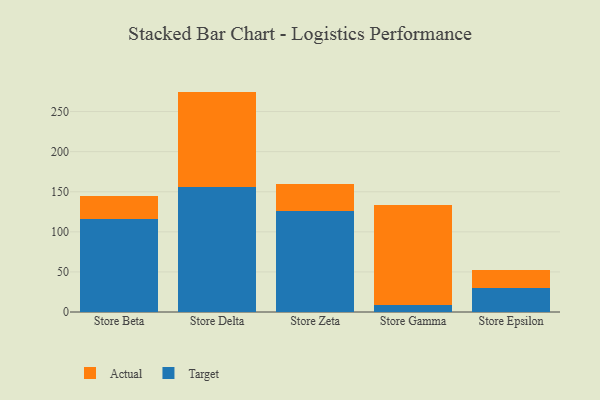
{"axis": {"x": "Store", "y": "Tickets Resolved"}, "legend": ["Actual", "Target"], "data": [{"x": "Store Beta", "y": 116.3, "type": "Target"}, {"x": "Store Beta", "y": 28.6, "type": "Actual"}, {"x": "Store Delta", "y": 155.5, "type": "Target"}, {"x": "Store Delta", "y": 119.4, "type": "Actual"}, {"x": "Store Zeta", "y": 126.4, "type": "Target"}, {"x": "Store Zeta", "y": 32.8, "type": "Actual"}, {"x": "Store Gamma", "y": 8.4, "type": "Target"}, {"x": "Store Gamma", "y": 125.1, "type": "Actual"}, {"x": "Store Epsilon", "y": 29.6, "type": "Target"}, {"x": "Store Epsilon", "y": 22.5, "type": "Actual"}]}